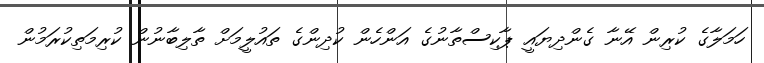
ހަމަލާގެ ކުރިން އޭނާ ގެންދިޔައީ ޕާކިސްތާނުގެ އަންހެން ކުދިންގެ ތައުލީމަށް ތާލިބާނުން ކުރިމަތިކުރަމުން